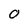
Character: 0